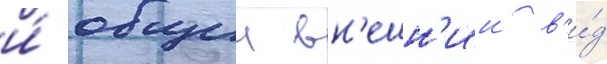
и́ общии вн'ешн'ии в'и́д